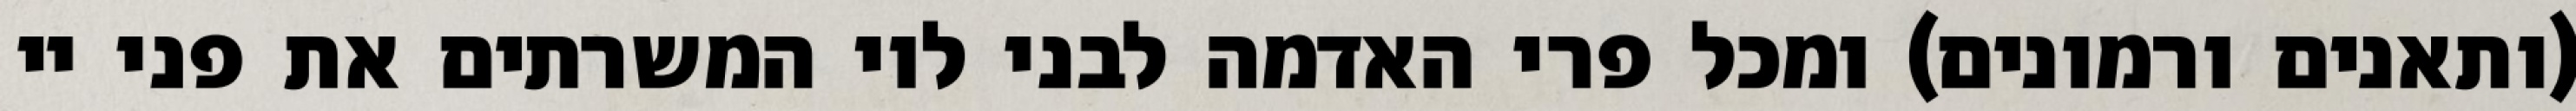
(ותאנים ורמונים) ומכל פרי האדמה לבני לוי המשרתים את פני יי